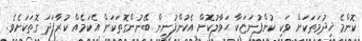
ކޮންމެ ޚިދުމަތަކަށް ވަކި ކުންފުނަޏަކާ ޙަވާލުކޮށް އެކުންފުނިން ބޭނުންގޮތަކަށް އެކަމެއް ކުރާފަދަ ގޮތަކަށެވެ.